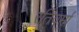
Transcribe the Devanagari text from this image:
रंतिवर्मा